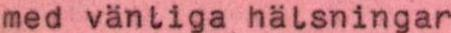
med vänliga hälsningar